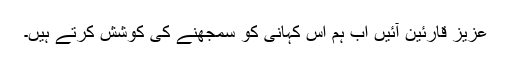
عزیز قارئین آئیں اب ہم اس کہانی کو سمجھنے کی کوشش کرتے ہیں۔